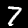
Digit: 7